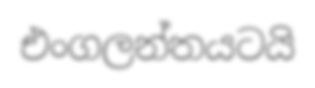
එංගලන්තයටයි